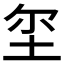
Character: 𱖚